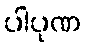
ပါပုဏ